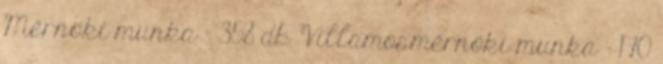
Mérnöki munka - 358 db Villamosmérnöki munka - 170